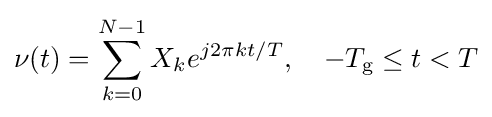
\nu (t)=\sum _{k=0}^{N-1}X_{k}e^{j2\pi kt/T},\quad -T_{\text{g}}\leq t<T